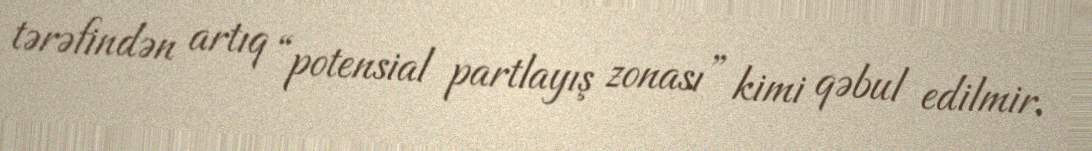
tərəfindən artıq “potensial partlayış zonası” kimi qəbul edilmir.